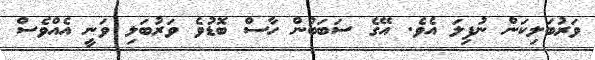
ވަރުބަލިކަން ނުފިލަ އެވެ. އޭގެ ސަބަބުން ހާސް ބޮޑުވެ ވަރުބަލި ވަނީ އެއްވެސް